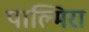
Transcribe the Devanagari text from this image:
पाल्मिरा